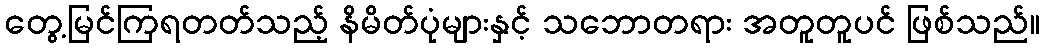
တွေ့မြင်ကြရတတ်သည့် နိမိတ်ပုံများနှင့် သဘောတရား အတူတူပင် ဖြစ်သည်။